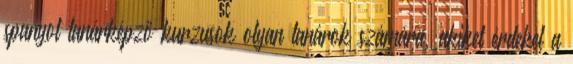
spanyol tanárképző kurzusok olyan tanárok számára, akiket érdekel a